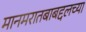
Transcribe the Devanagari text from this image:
मानमरातबाबद्दलच्या